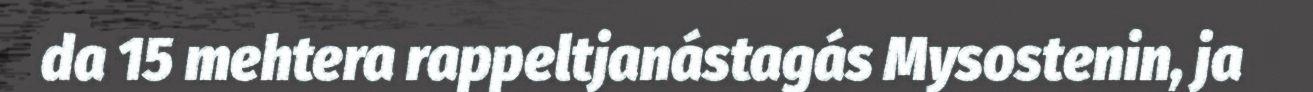
da 15 mehtera rappeltjanástagás Mysostenin, ja